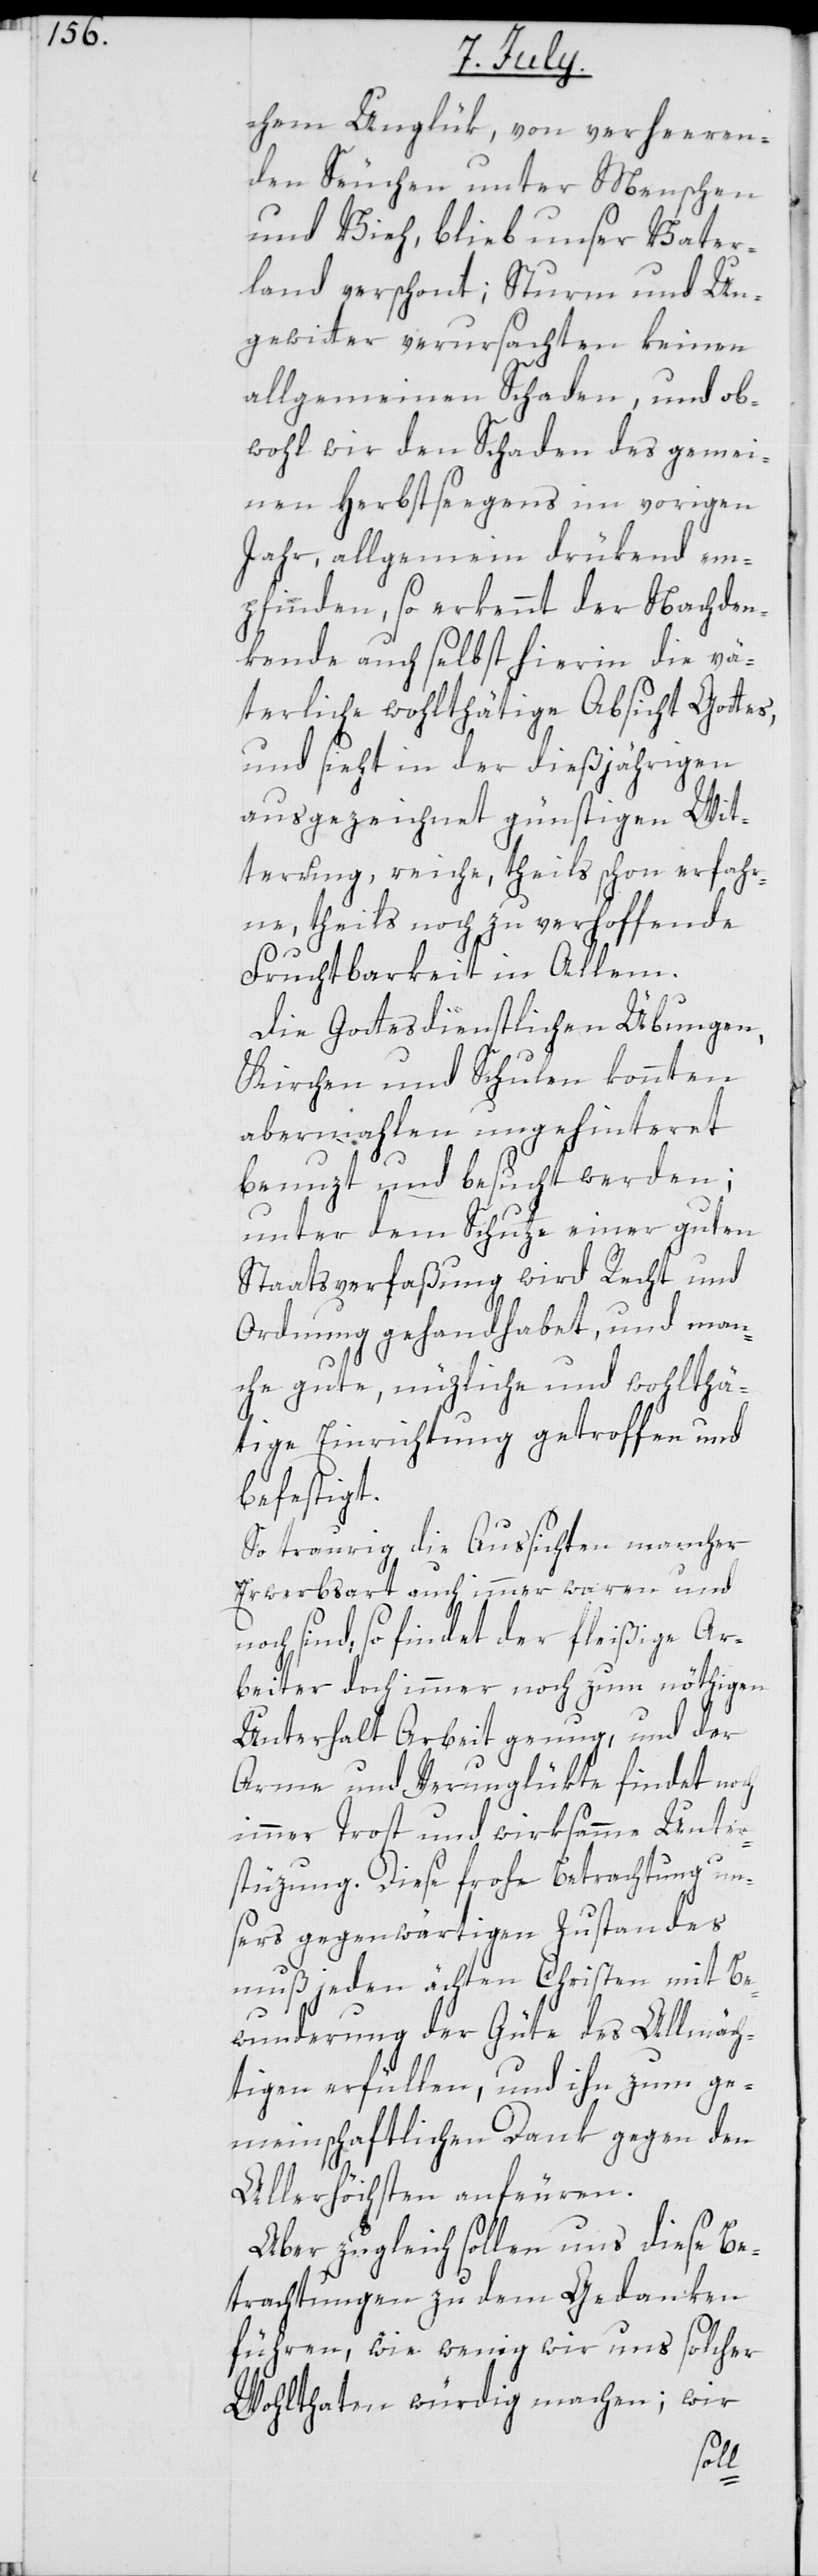
chen Unglük, von verheeren¬
den Seuchen unter Menschen
und Vieh, blieb unser Vater¬
land verschont; Sturm und Un¬
gewitter verursachten keinen
allgemeinen Schaden, und ob¬
wohl wir den Schaden des gemei¬
nen Herbstsegens im vorigen
Jahr, allgemein drükend em¬
pfinden, so erkennt der Nachden¬
kende auch selbst hierin die vä¬
terliche wohlthätige Absicht Gottes,
und sieht in der dießjährigen
ausgezeichnet günstigen Wit¬
terung, reiche, theils schon erfahre¬
ne, theils noch zu verhoffende
Fruchtbarkeit in Allem.
Die Gottesdienstlichen Übungen,
Kirchen und Schulen konnten
abermalen ungehinteret
benuzt und besucht werden;
unter dem Schutze einer guten
Staatsverfaßung wird Recht und
Ordnung gehandhabet, und man¬
che gute, nüzliche und wohlthä¬
tige Einrichtung getroffen und
befestigt.
So traurig die Aussichten mancher
Erwerbsart auch immer waren und
noch sind, so findet der fleißige Ar¬
beiter doch immer noch zum nöthigen
Unterhalt Arbeit genug, und der
Arme und Verunglükte findet noch
immer Trost und wirksamme Unter¬
stüzung. Diese frohe Betrachtung un¬
sers gegenwärtigen Zustandes
muß jeden ächten Christen mit Be¬
wunderung der Güte des Allmäch¬
tigen erfüllen, und ihn zum ge¬
meinschaftlichen Dank gegen den
Allerhöchsten anfeuern.
Aber zugleich sollen uns diese Be¬
trachtungen zu dem Gedanken
führen, wie wenig wir uns solcher
Wohlthaten würdig machen; wir